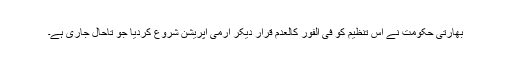
بھارتی حکومت نے اس تنظیم کو فی الفور کالعدم قرار دیکر آرمی آپریشن شروع کردیا جو تاحال جاری ہے۔